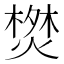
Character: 𭫬